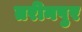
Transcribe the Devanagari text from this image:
तरीनपुर